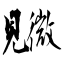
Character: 覹